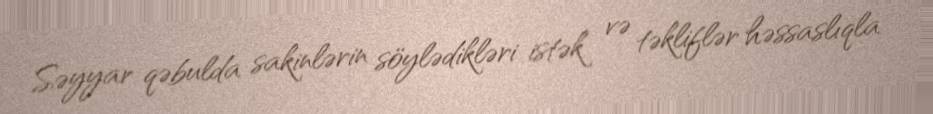
Səyyar qəbulda sakinlərin söylədikləri istək və təkliflər həssaslıqla